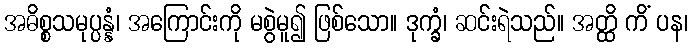
အဓိစ္စသမုပ္ပန္နံ၊ အကြောင်းကို မစွဲမူ၍ ဖြစ်သော။ ဒုက္ခံ၊ ဆင်းရဲသည်။ အတ္ထိ ကိံ ပန၊